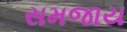
સમજાય